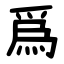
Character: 爲